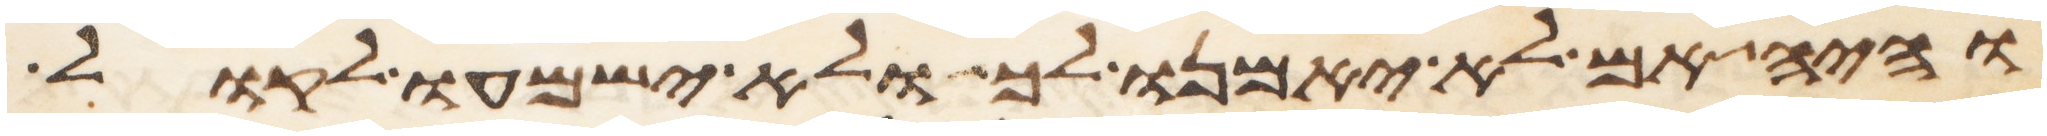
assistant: והיה אם לא יאמנו לך ולא ישמעו לקול